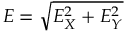
E = \sqrt { E _ { X } ^ { 2 } + E _ { Y } ^ { 2 } }